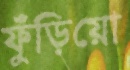
ফুঁড়িয়ো